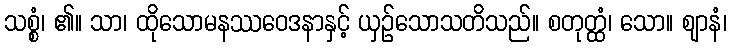
သစ္စံ၊ ၏။ သာ၊ ထိုသောမနဿဝေဒနာနှင့် ယှဉ်သောသတိသည်။ စတုတ္ထံ၊ သော။ ဈာနံ၊